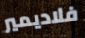
فلاديمير